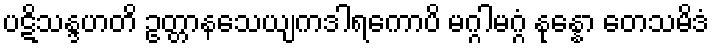
ပဋိသန္ဒဟတိ ဥတ္တာနသေယျကဒါရကောပိ မဂ္ဂါမဂ္ဂံ နုန္နော တေသမိဒံ